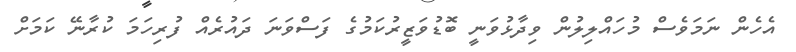
އެހެން ނަމަވެސް މުހައްލިލުން ވިދާޅުވަނީ ބޮޑުވަޒީރުކަމުގެ ފަސްވަނަ ދައުރެއް ފުރިހަމަ ކުރާނޭ ކަމަށް